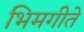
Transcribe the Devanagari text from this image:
भिमगीते